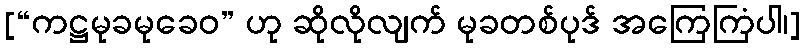
[“ကဋ္ဌမုခမုခေဝ” ဟု ဆိုလိုလျက် မုခတစ်ပုဒ် အကြေကြံပါ၊]